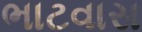
ભાટવાસ